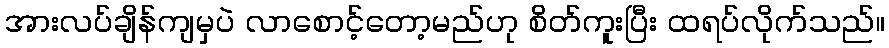
အားလပ်ချိန်ကျမှပဲ လာစောင့်တော့မည်ဟု စိတ်ကူးပြီး ထရပ်လိုက်သည်။